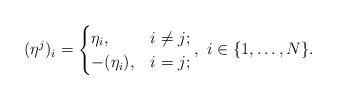
LaTeX: \begin{align*}(\eta^{j})_{i}= \begin{cases}\eta_{i}, & i \neq j;\\-(\eta_{i}), & i = j;\end{cases}, \ i \in \{1, \dots, N\}.\end{align*}